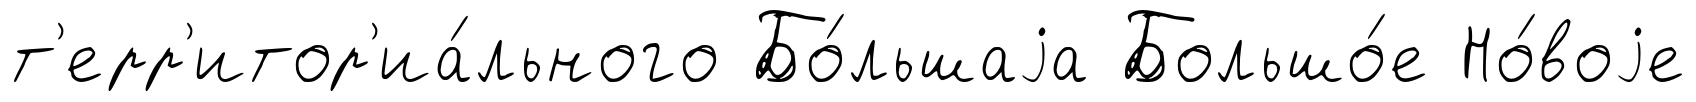
т'ерр'итор'иа́льного Бо́льшаjа Большо́е Но́воjе